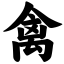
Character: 禽